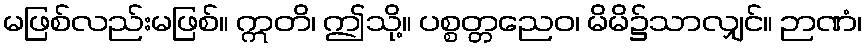
မဖြစ်လည်းမဖြစ်။ ဣတိ၊ ဤသို့။ ပစ္စတ္တညေဝ၊ မိမိ၌သာလျှင်။ ဉာဏံ၊